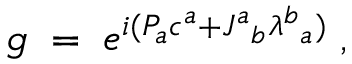
g \; = \; e ^ { i ( P _ { a } c ^ { a } + J ^ { a } { } _ { b } \lambda ^ { b } { } _ { a } ) } \; ,